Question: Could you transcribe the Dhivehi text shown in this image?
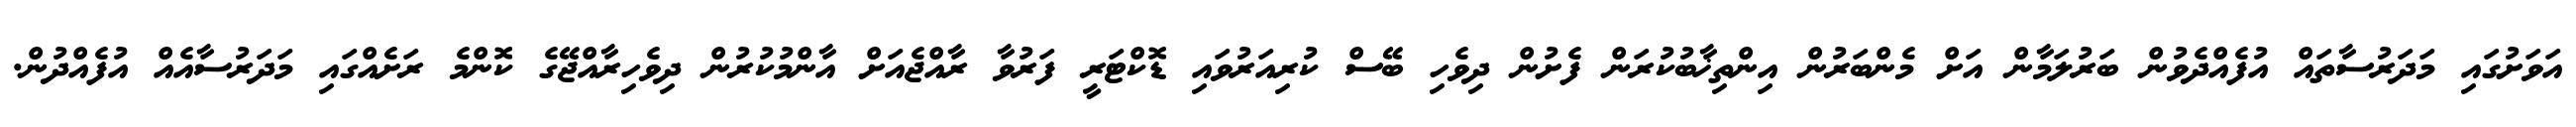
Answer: އަވަށުގައި މަދަރުސާތައް އުފެއްދެވުން ބަރުލަމާން އަށް މެންބަރުން އިންތިޚާބުކުރަން ފެށުން ދިވެހި ބޭސް ކުރިއަރުވައި ޑޮކްޓަރީ ފަރުވާ ރާއްޖެއަށް އާންމުކުރުން ދިވެހިރާއްޖޭގެ ކޮންމެ ރަށެއްގައި މަދަރުސާއެއް އުފެއްދުން.